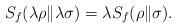
LaTeX: \begin{align*}S_f(\lambda\rho\|\lambda\sigma)=\lambda S_f(\rho\|\sigma).\end{align*}